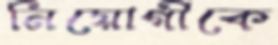
নিয়োগীকে